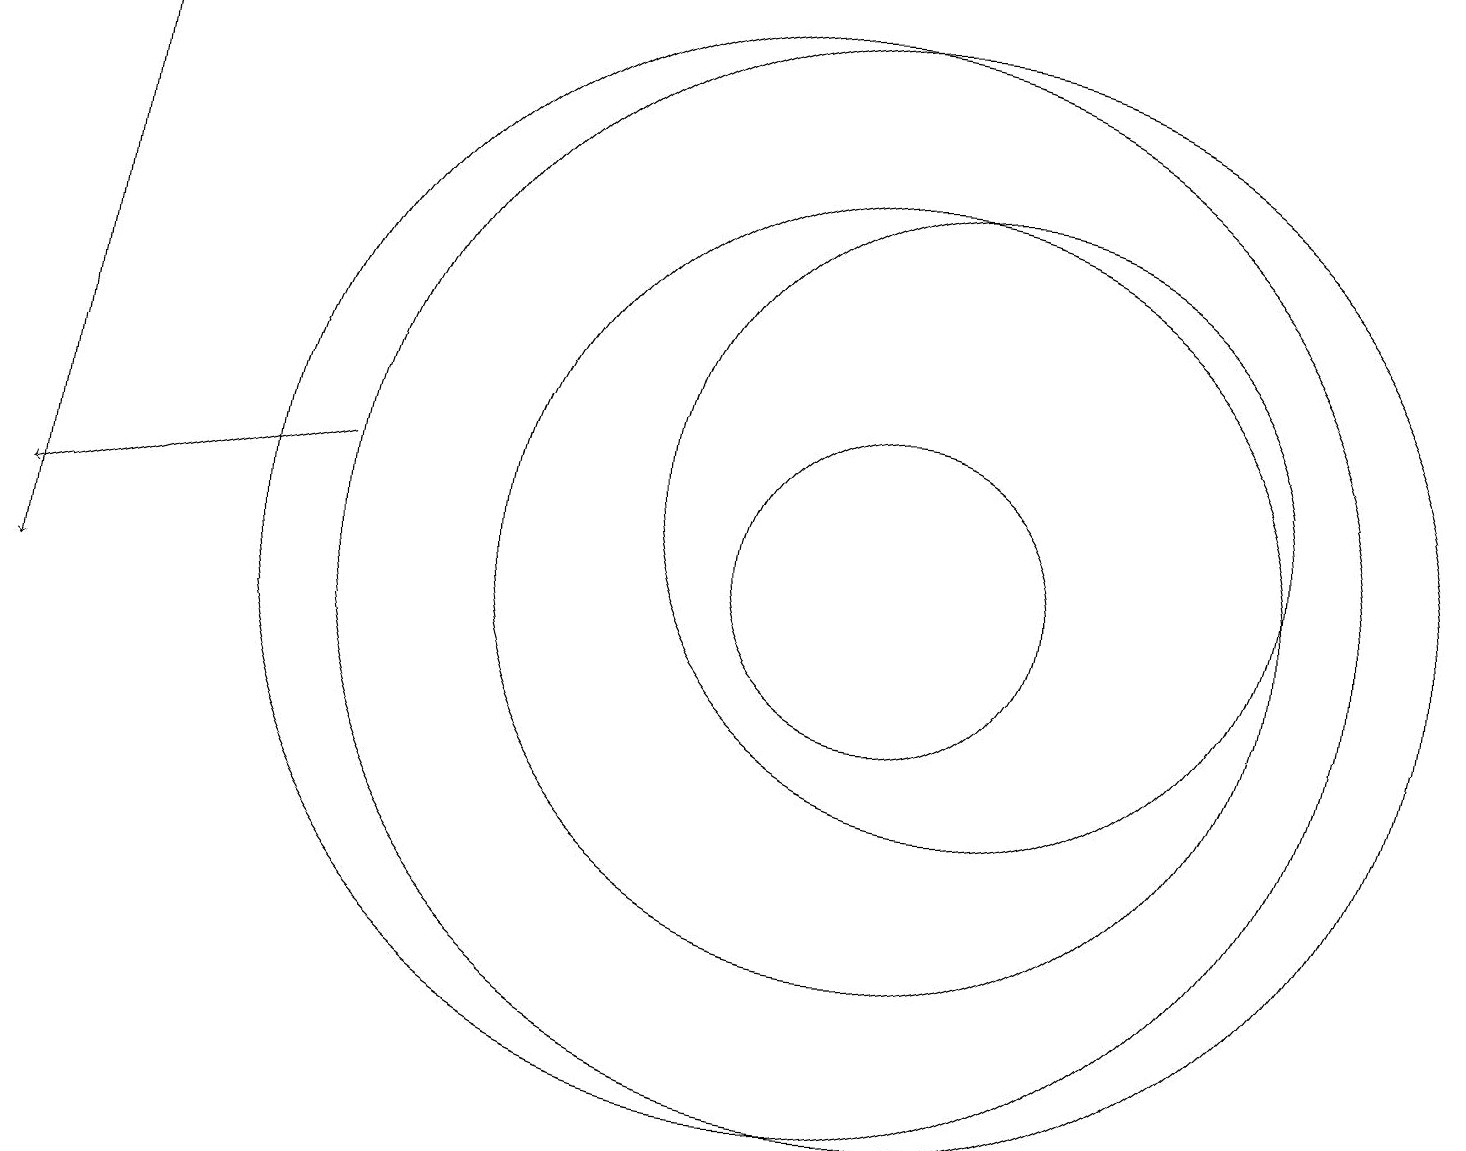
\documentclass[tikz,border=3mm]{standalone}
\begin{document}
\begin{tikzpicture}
\draw[->] (4,12) -- (0,11);
\draw (11,11) circle (5);
\draw[->] (1,18) -- (0,10);
\draw (10,11) circle (7);
\draw (12,12) circle (4);
\draw (11,11) circle (7);
\draw (11,11) circle (2);
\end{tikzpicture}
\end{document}